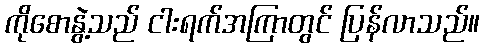
ကိုစောနွဲ့သည် ငါးရက်အကြာတွင် ပြန်လာသည်။